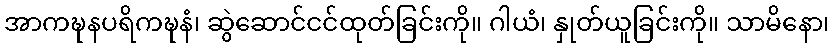
အာကဍ္ဎနပရိကဍ္ဎနံ၊ ဆွဲဆောင်ငင်ထုတ်ခြင်းကို။ ဂါယံ၊ နှုတ်ယူခြင်းကို။ သာမိနော၊